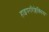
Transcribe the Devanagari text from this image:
हाइपररिफ्लेक्सिया